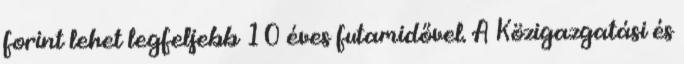
forint lehet legfeljebb 10 éves futamidővel. A Közigazgatási és